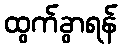
ထွက်ခွာရန်